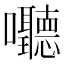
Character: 𪢧